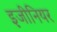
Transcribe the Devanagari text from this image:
इ़जीनियर